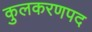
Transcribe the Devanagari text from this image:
कुलकरणपद